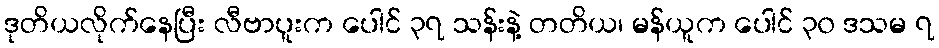
ဒုတိယလိုက်နေပြီး လီဗာပူးက ပေါင် ၃၇ သန်းနဲ့ တတိယ၊ မန်ယူက ပေါင် ၃၀ ဒသမ ၇